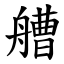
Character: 艚